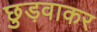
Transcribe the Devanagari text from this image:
छुड़वाकर